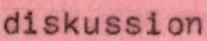
diskussion